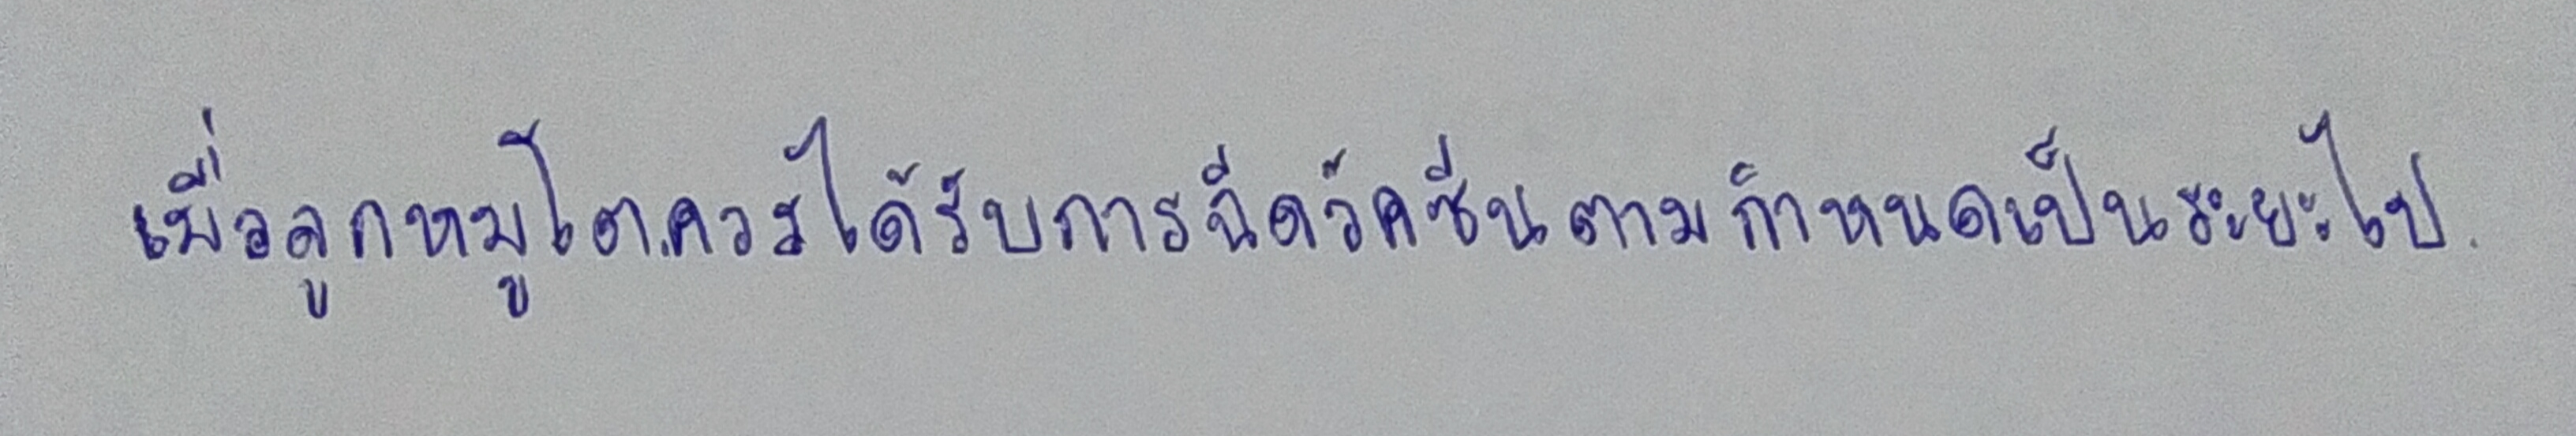
เมื่อลูกหมูโตควรได้รับการฉีดวัคซีนตามกำหนดเป็นระยะไป